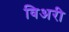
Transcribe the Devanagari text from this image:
विअरी